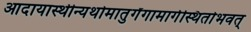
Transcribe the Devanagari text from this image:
आदायास्थीन्यथोमातुर्गंगामार्गस्थितोभवत्